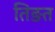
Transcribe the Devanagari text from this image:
तिङत